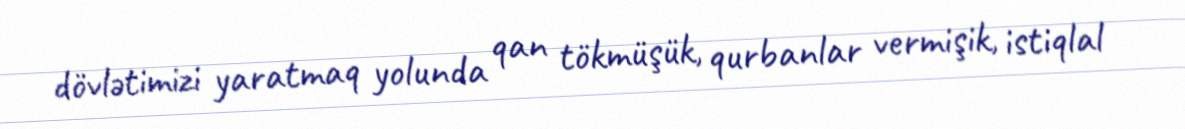
dövlətimizi yaratmaq yolunda qan tökmüşük, qurbanlar vermişik, istiqlal